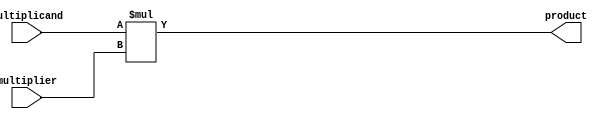
module signed_multiplier(
    input signed [31:0] multiplicand,
    input signed [31:0] multiplier,
    output reg signed [63:0] product
);

initial begin
    product = multiplicand * multiplier;
end

endmodule